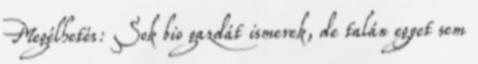
Megélhetés: Sok bio gazdát ismerek, de talán egyet sem